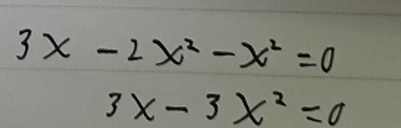
\[
\begin{align*}
3x - 2x^{2}-x^{2}&=0\\
3x - 3x^{2}&=0
\end{align*}
\]